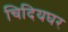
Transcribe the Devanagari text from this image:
चिदियघर